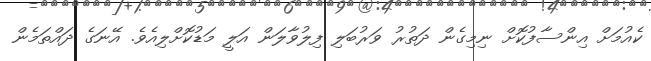
ކެއުމަށް އިންސާފުކޮށް ނިމިގެން ދަތުރު ވަރުބަލި ފިލުވާލަން އަލީ މަޑުކޮށްލިއެވެ. އޭނަގެ ދައްތަމެން